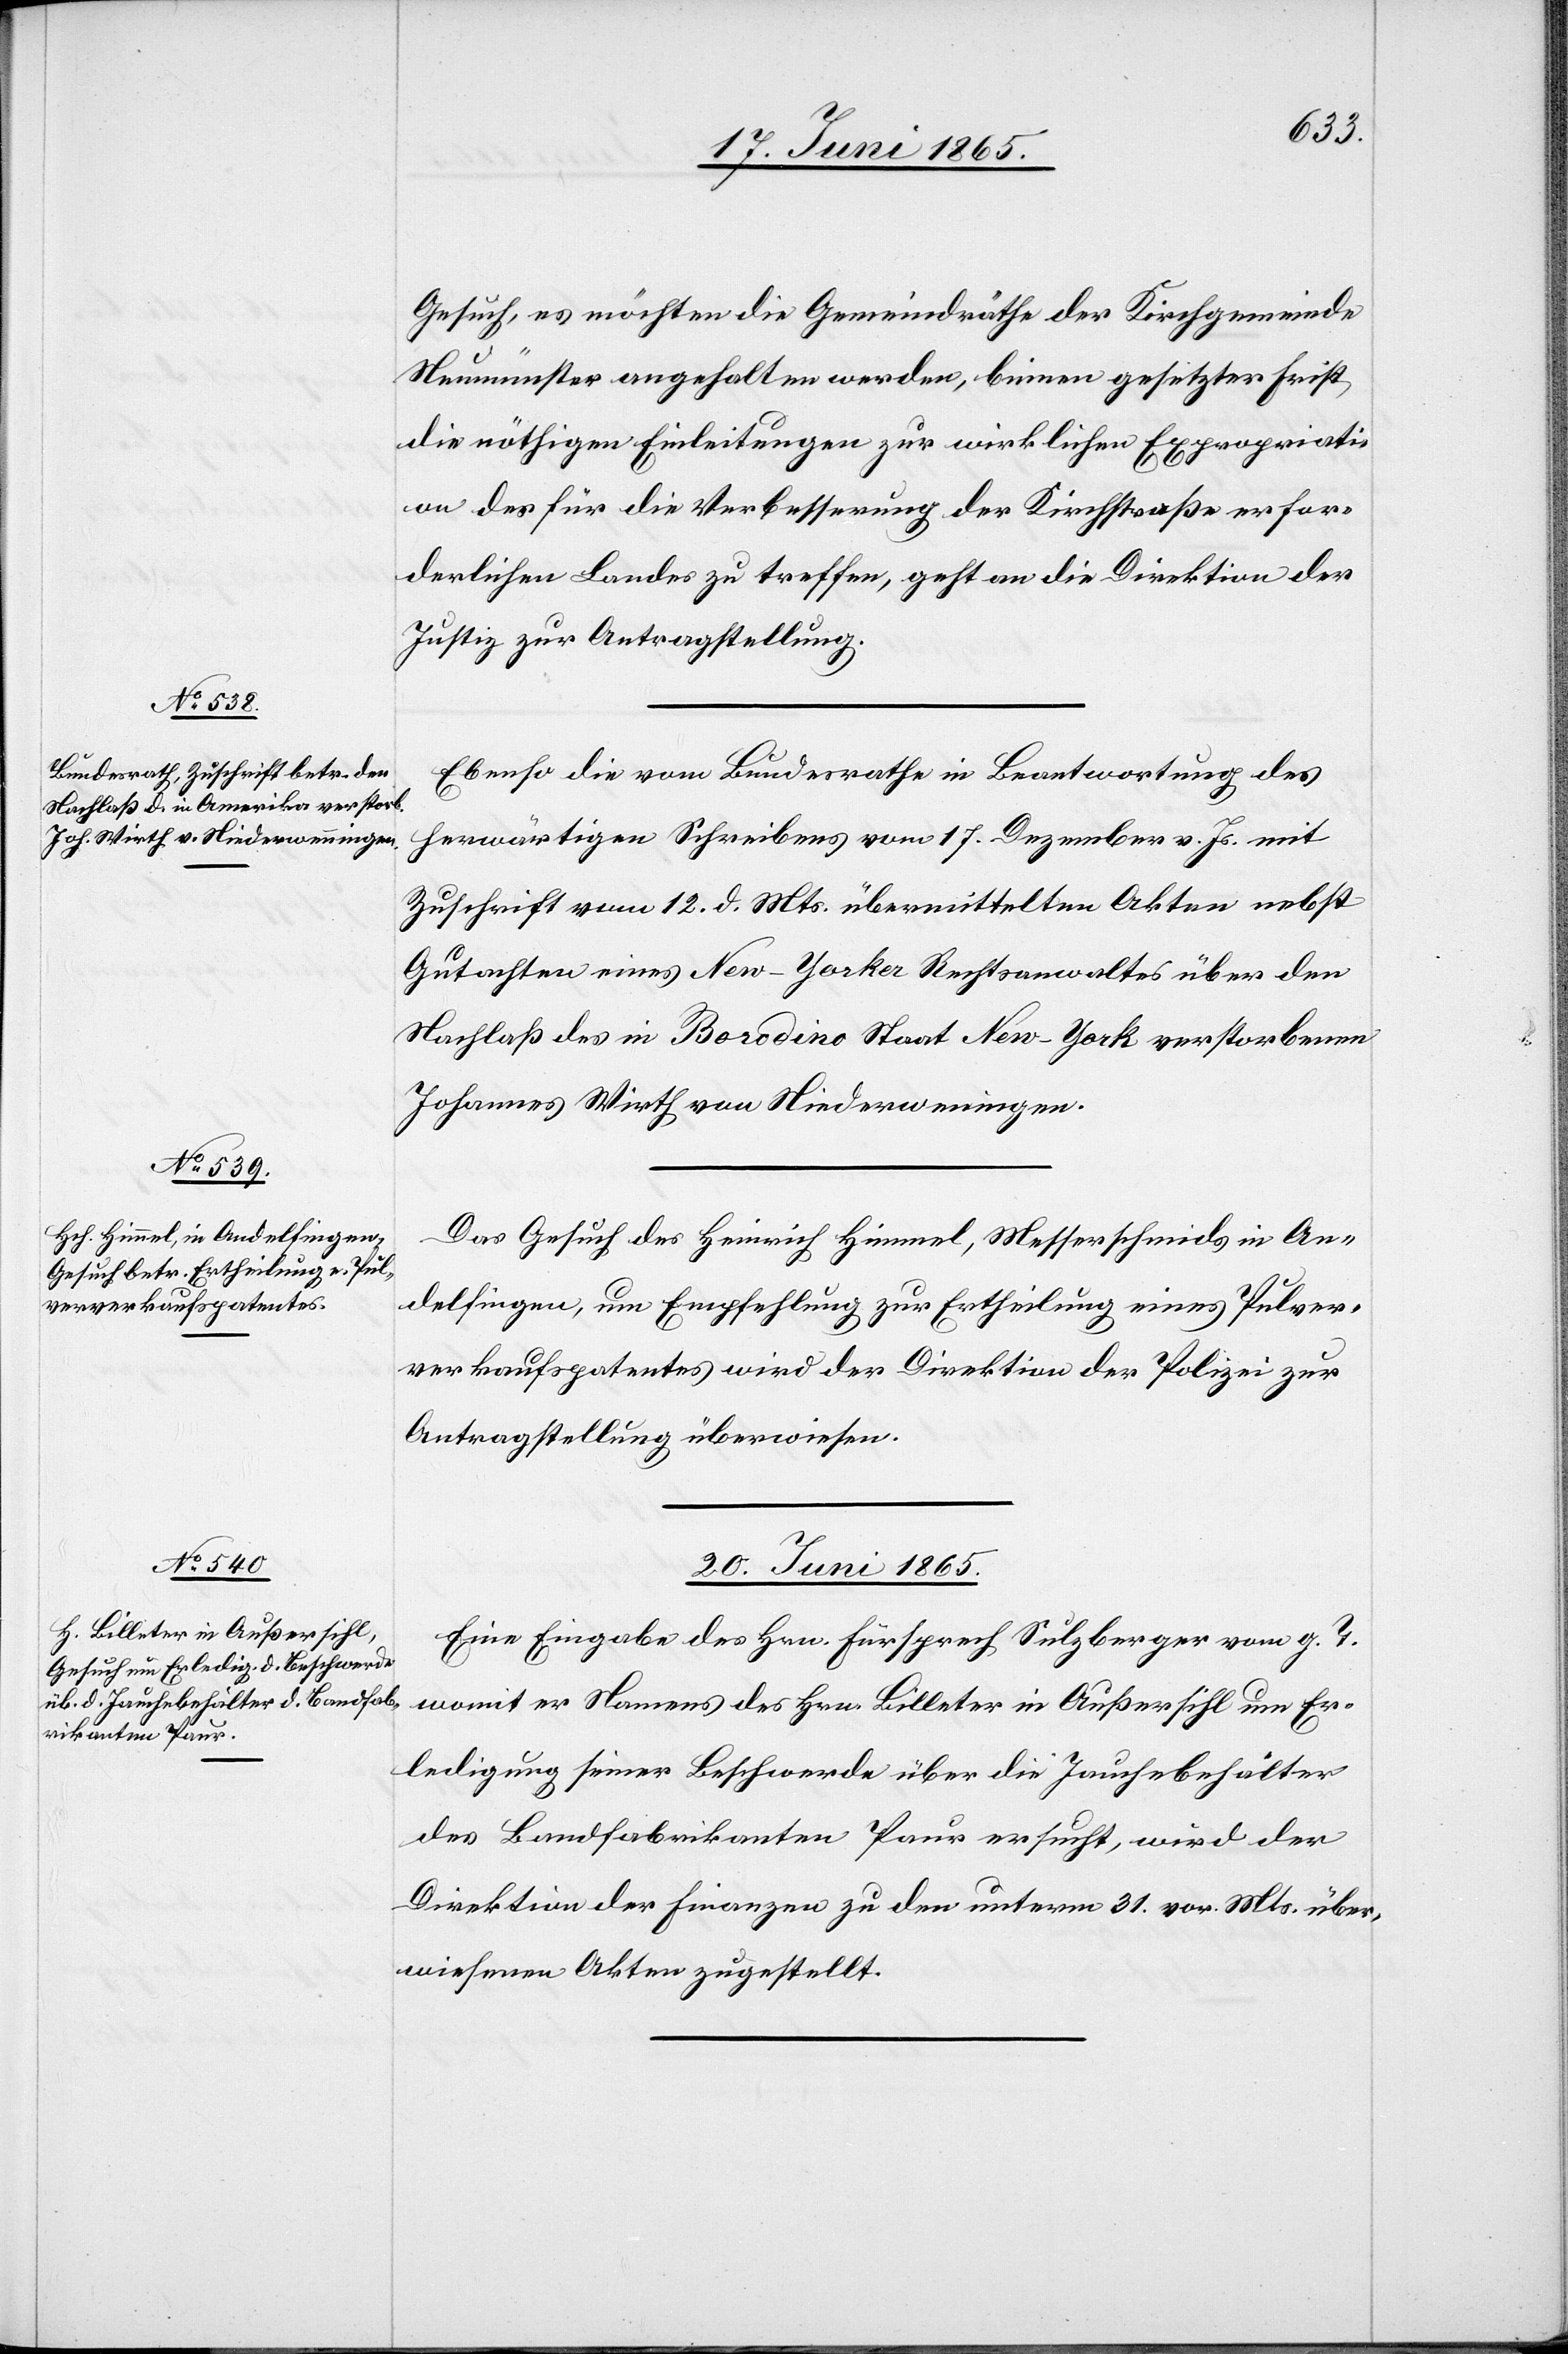
19. Juni 1865.]
Gesuch, es möchten die Gemeindräthe der Kirchgemeinde
Neumünster angehalten werden, binnen gesetzter Frist
die nöthigen Einleitungen zur wirklichen Expropriati¬
on des für die Verbesserung der Kirchstraße erfor¬
derlichen Landes zu treffen, geht an die Direktion der
Justiz zur Antragstellung.
Ebenso die vom Bundesrathe in Beantwortung des
herwärtigen Schreibens vom 17. Dezember v. Js. mit
Zuschrift vom 12. d. Mts. übermittelten Akten nebst
Gutachten eines New-Yorker Rechtsanwaltes über den
Nachlaß des in Borodino Staat New-York verstorbenen
Johannes Wirth von Niederweningen.
Das Gesuch des Heinrich Himmel, Messerschmids in An¬
delfingen, um Empfehlung zur Ertheilung eines Pulver¬
verkaufspatentes wird der Direktion der Polizei zur
Antragstellung überwiesen.
20. Juni 1865.
Eine Eingabe des Hrn. Fürsprech Sulzberger vom g. T.
womit er Namens des Hrn. Billeter in Außersihl um Er¬
ledigung seiner Beschwerde über die Jauchebehälter
des Bandfabrikanten Paur ersucht, wird der
Direktion der Finanzen zu den unterm 31. vor. Mts. über¬
wiesenen Akten zugestellt.